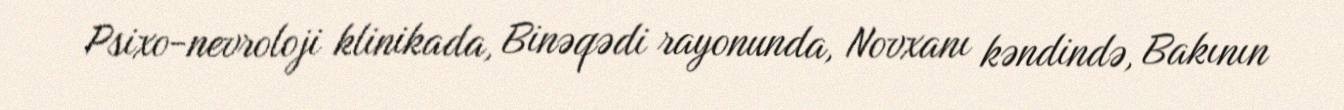
Psixo-nevroloji klinikada, Binəqədi rayonunda, Novxanı kəndində, Bakının